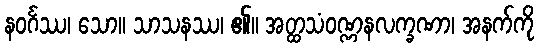
နဝင်္ဂဿ၊ သော။ သာသနဿ၊ ၏။ အတ္ထသံဝဏ္ဏနလက္ခဏာ၊ အနက်ကို